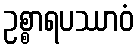
ဥစ္စာရပဿာဝံ